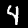
Digit: 4